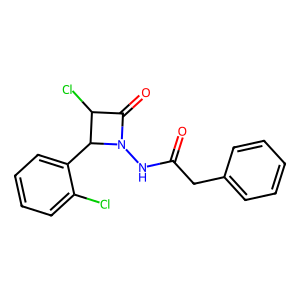
SMILES: O=C(Cc1ccccc1)NN1C(=O)C(Cl)C1c1ccccc1Cl
Inhibits HIV replication: No